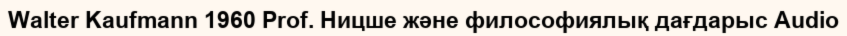
Walter Kaufmann 1960 Prof. Ницше және философиялық дағдарыс Audio